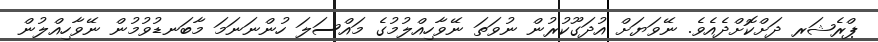
ޕްރެޝަރ ދަށްކޮށްދެއެވެ. ނޭވަޔަށް އުދަގޫކުރުން ނުވަތަ ނޭވާހިއްލުމުގެ މައްސަލަ ހުންނަނަމަ މާބަނޑުވުމުން ނޭވާހިއްލުން